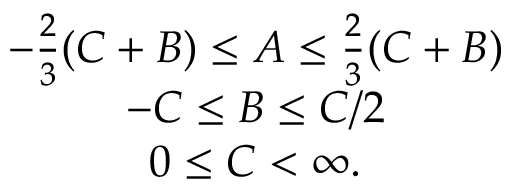
\begin{array} { c } { { - \frac { 2 } { 3 } ( C + B ) \leq A \leq \frac { 2 } { 3 } ( C + B ) } } \\ { { - C \leq B \leq C / 2 } } \\ { { 0 \leq C < \infty . } } \end{array}